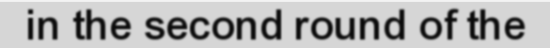
in the second round of the